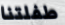
طفلتنا